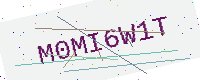
Text: M0MI6W1T